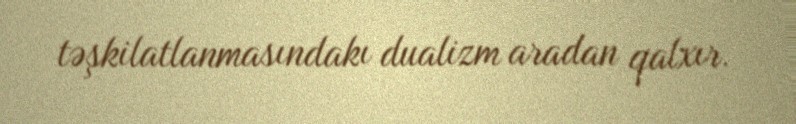
təşkilatlanmasındakı dualizm aradan qalxır.